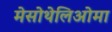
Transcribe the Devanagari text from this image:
मेसोथेलिओमा